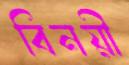
বিনয়ী